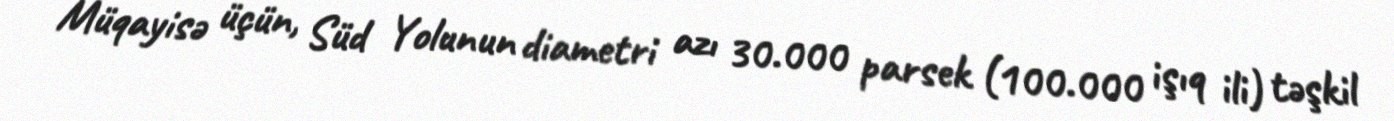
Müqayisə üçün, Süd Yolunun diametri azı 30.000 parsek (100.000 işıq ili) təşkil